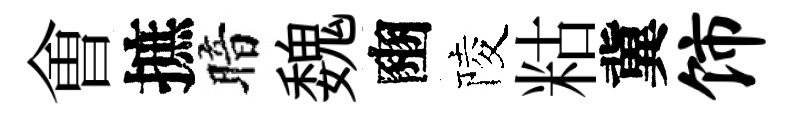
㑹摭暗魏豳陵䊀冀饰